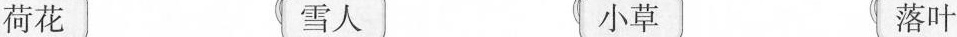
荷花 雪人 小草 落叶